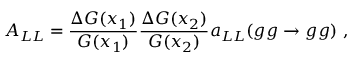
A _ { L L } = { \frac { \Delta G ( x _ { 1 } ) } { G ( x _ { 1 } ) } } { \frac { \Delta G ( x _ { 2 } ) } { G ( x _ { 2 } ) } } a _ { L L } ( g g \to g g ) \ ,